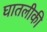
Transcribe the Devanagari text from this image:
घातलीकी